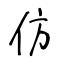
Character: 仿